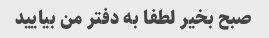
صبح بخیر لطفا به دفتر من بیایید